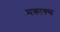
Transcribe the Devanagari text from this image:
मकाक्स